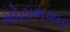
મોટાભગના